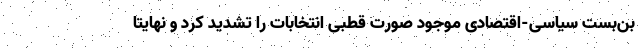
بن‌بست‌ سیاسی-اقتصادی موجود صورت قطبی انتخابات را تشدید کرد و نهایتاً